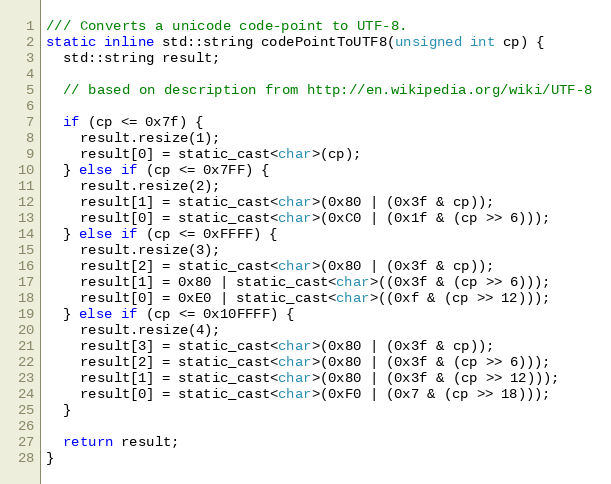
Language: C
/// Converts a unicode code-point to UTF-8.
static inline std::string codePointToUTF8(unsigned int cp) {
  std::string result;

  // based on description from http://en.wikipedia.org/wiki/UTF-8

  if (cp <= 0x7f) {
    result.resize(1);
    result[0] = static_cast<char>(cp);
  } else if (cp <= 0x7FF) {
    result.resize(2);
    result[1] = static_cast<char>(0x80 | (0x3f & cp));
    result[0] = static_cast<char>(0xC0 | (0x1f & (cp >> 6)));
  } else if (cp <= 0xFFFF) {
    result.resize(3);
    result[2] = static_cast<char>(0x80 | (0x3f & cp));
    result[1] = 0x80 | static_cast<char>((0x3f & (cp >> 6)));
    result[0] = 0xE0 | static_cast<char>((0xf & (cp >> 12)));
  } else if (cp <= 0x10FFFF) {
    result.resize(4);
    result[3] = static_cast<char>(0x80 | (0x3f & cp));
    result[2] = static_cast<char>(0x80 | (0x3f & (cp >> 6)));
    result[1] = static_cast<char>(0x80 | (0x3f & (cp >> 12)));
    result[0] = static_cast<char>(0xF0 | (0x7 & (cp >> 18)));
  }

  return result;
}